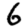
Digit: 6